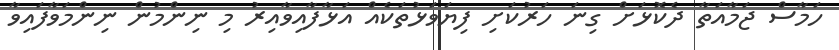
ހަމާސް ޖަމާއަތާ ދެކޮޅަށް ގިނަ ހަރުކަށި ފިޔަވަޅުތަކެއް އަޅާފާއިވާއިރު މި ނިންމުން ނިންމަވާފައިވާ